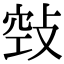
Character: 𢽦